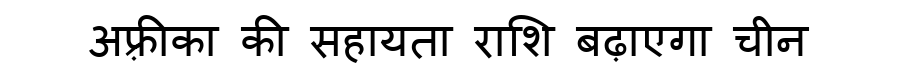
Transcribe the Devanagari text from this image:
अफ़्रीका की सहायता राशि बढ़ाएगा चीन